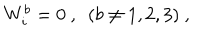
W _ { i } ^ { b } = 0 \ , \ \ ( b \ne 1 , 2 , 3 ) \ ,